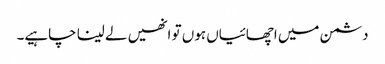
دشمن میں اچھائیاں ہوں تو انھیں لے لینا چاہیے۔